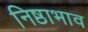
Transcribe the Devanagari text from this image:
निष्ठाभाव